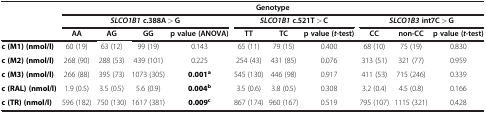
<table><thead><tr><td rowspan="3"><b> </b></td><td colspan="10"><b>Genotype</b></td></tr><tr><td colspan="4"><b><i>SLCO1B1</i>c.388A &gt; G</b></td><td colspan="3"><b><i>SLCO1B1</i>c.521T &gt; C</b></td><td colspan="3"><b><i>SLCO1B3</i>int7C &gt; G</b></td></tr><tr><td><b>AA</b></td><td><b>AG</b></td><td><b>GG</b></td><td><b>p value (ANOVA)</b></td><td><b>TT</b></td><td><b>TC</b></td><td><b>p value (<i>t</i>-test)</b></td><td><b>CC</b></td><td><b>non-CC</b></td><td><b>p value (<i>t</i>-test)</b></td></tr></thead><tbody><tr><td><b>c (M1) (nmol/l)</b></td><td>60 (19)</td><td>63 (12)</td><td>99 (19)</td><td>0.143</td><td>65 (11)</td><td>79 (15)</td><td>0.400</td><td>68 (10)</td><td>75 (19)</td><td>0.830</td></tr><tr><td><b>c (M2) (nmol/l)</b></td><td>268 (90)</td><td>288 (53)</td><td>439 (101)</td><td>0.225</td><td>254 (43)</td><td>431 (85)</td><td>0.076</td><td>313 (51)</td><td>321 (77)</td><td>0.959</td></tr><tr><td><b>c (M3) (nmol/l)</b></td><td>266 (88)</td><td>395 (73)</td><td>1073 (305)</td><td><b>0.001</b><sup><b>a</b></sup></td><td>545 (130)</td><td>446 (98)</td><td>0.917</td><td>411 (53)</td><td>715 (246)</td><td>0.339</td></tr><tr><td><b>c (RAL) (nmol/l)</b></td><td>1.9 (0.5)</td><td>3.5 (0.5)</td><td>5.6 (0.9)</td><td><b>0.004</b><sup><b>b</b></sup></td><td>3.5 (0.6)</td><td>3.8 (0.5)</td><td>0.308</td><td>3.2 (0.4)</td><td>4.5 (0.8)</td><td>0.166</td></tr><tr><td><b>c (TR) (nmol/l)</b></td><td>596 (182)</td><td>750 (130)</td><td>1617 (381)</td><td><b>0.009</b><sup><b>c</b></sup></td><td>867 (174)</td><td>960 (167)</td><td>0.519</td><td>795 (107)</td><td>1115 (321)</td><td>0.428</td></tr></tbody></table>